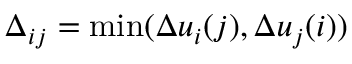
\Delta _ { i j } = \mathrm { { m i n } } ( \Delta u _ { i } ( j ) , \Delta u _ { j } ( i ) )